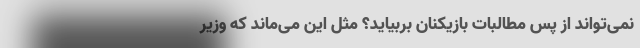
نمی‌تواند از پس مطالبات بازیکنان بربیاید؟ مثل این می‌ماند که وزیر